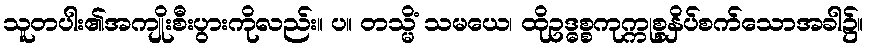
သူတပါး၏အကျိုးစီးပွားကိုလည်း။ ပ။ တသ္မိံ သမယေ၊ ထိုဥဒ္ဓစ္စကုက္ကုစ္စနှိပ်စက်သောအခါ၌။